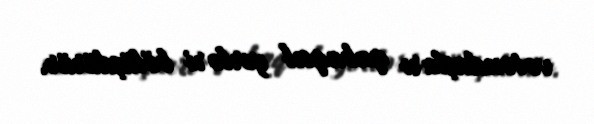
vətəndaşları qabaqcıl yerləri bölüşdürür.